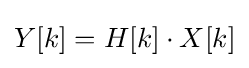
Y[k]=H[k]\cdot X[k]